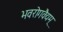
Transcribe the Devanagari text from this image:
भवरोगवैद्यम्